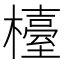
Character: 檯